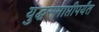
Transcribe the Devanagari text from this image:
युद्धसमाप्तीपर्यंत